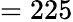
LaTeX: =225